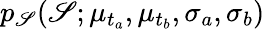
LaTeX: p_{\mathscr{S}}(\mathscr{S};\mu_{t_{a}},\mu_{t_{b}},\sigma_{a},\sigma_{b})